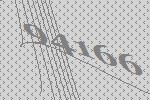
94166